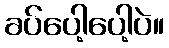
ခပ်ပေါ့ပေါ့ပဲ။